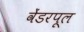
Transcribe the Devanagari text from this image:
वेंडरपूल